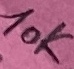
Text: 10K